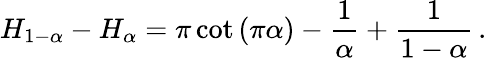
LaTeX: H_{1-\alpha}-H_{\alpha}=\pi\cot{(\pi\alpha)}-{\frac{1}{\alpha}}+{\frac{1}{1-\alpha}}\, .